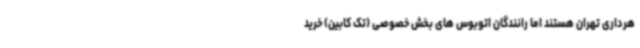
هرداری تهران هستند اما رانندگان اتوبوس های بخش خصوصی (تک کابین) خرید